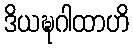
ဒိယဍ္ဎဂါထာဟိ